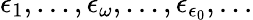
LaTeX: \epsilon_{1},...,\epsilon_{\omega},...,\epsilon_{\epsilon_{0}},...